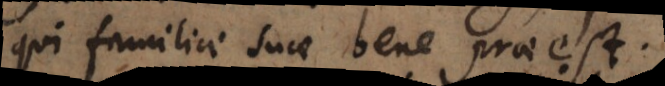
qui familiae suae bene praeest.